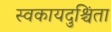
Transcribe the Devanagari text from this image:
स्वकायदुश्चिंता